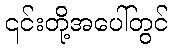
၎င်းတို့အပေါ်တွင်